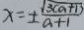
x = \pm \frac { \sqrt { 3 ( a + 1 ) } } { a + 1 }